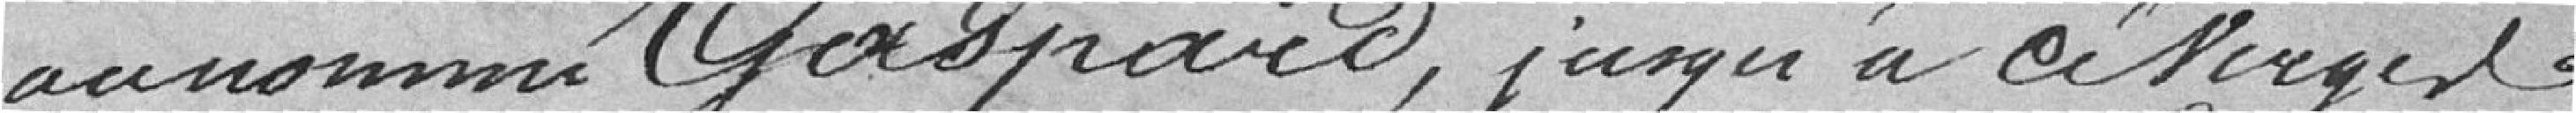
au nommé Gaspard, jusqu'à